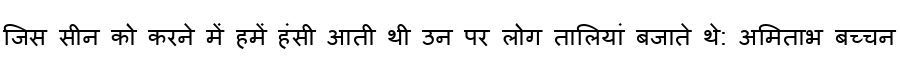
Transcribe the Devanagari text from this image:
जिस सीन को करने में हमें हंसी आती थी उन पर लोग तालियां बजाते थे: अमिताभ बच्चन